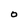
Character: O